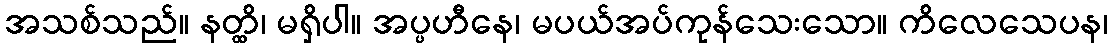
အသစ်သည်။ နတ္ထိ၊ မရှိပါ။ အပ္ပဟီနေ၊ မပယ်အပ်ကုန်သေးသော။ ကိလေသေပန၊